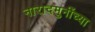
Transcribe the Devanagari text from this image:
नारादमुनींच्या